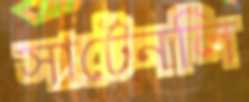
সার্টেনলি